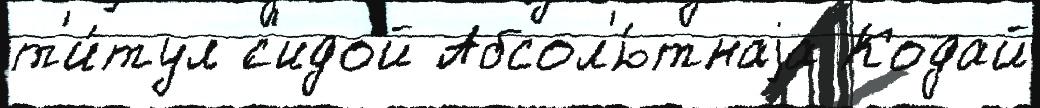
т'и́тул ́с'идой Абсол'ю́тнаjа Кодай